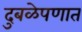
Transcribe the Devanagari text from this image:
दुबळेपणात